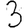
Digit: 3